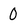
Character: 0